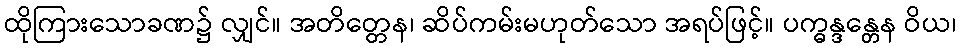
ထိုကြားသောခဏ၌ လျှင်။ အတိတ္တေန၊ ဆိပ်ကမ်းမဟုတ်သော အရပ်ဖြင့်။ ပက္ဓန္ဒန္တေန ဝိယ၊